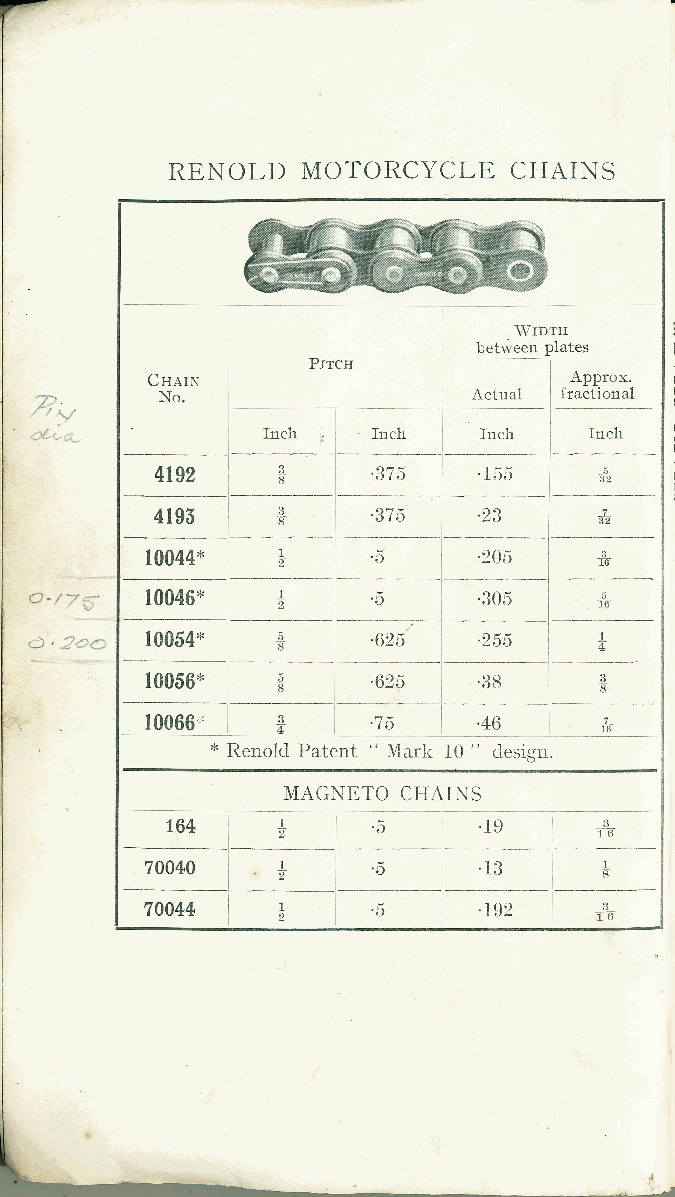
RE,I{OLD MOTORCYCLE    CHAINS
 IDTH
 p_14l1_
 P.rrcn
 C Harru
 '=71     No.                 Actuai
 vr. -'\ 'f " - : '_-          Inch
 4192           .37 5  .155
 4lg5           .37 5  .23
 10044*         ,5
 Q. t -{;. 10046*       .5
 <) , J+!{:: I 0054*
 MAGNETO CHAINS
 .le
 764 l+i.r                 I t'"
 |  '.  I              i---
 70040i+i'5            '13  i  *
 l'
 .rez -lI
 l2                    iI I6r)-